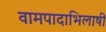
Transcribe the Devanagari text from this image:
वामपादाभिलाषी